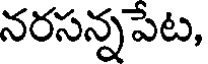
నరసన్నపేట,